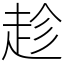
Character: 趁